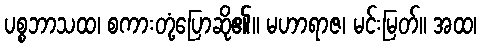
ပစ္စဘာသထ၊ စကားတုံ့ပြောဆို၏။ မဟာရာဇ၊ မင်းမြတ်။ အထ၊